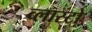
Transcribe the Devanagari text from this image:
व्लास्टो